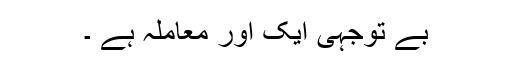
بے توجہی ایک اور معاملہ ہے ۔